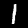
Digit: 1